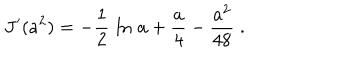
LaTeX: J ^ { \prime } ( a ^ { 2 } ) = - { \frac { 1 } { 2 } } \, \ln \, a + { \frac { a } { 4 } } - { \frac { a ^ { 2 } } { 4 8 } } \; .